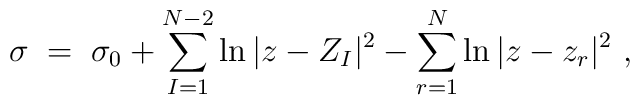
\sigma\; = \;\sigma_0 +\sum_{I=1}^{N-2} \ln|z - Z_I|^2 -\sum_{r=1}^{N} \ln|z-z_r|^2\ ,